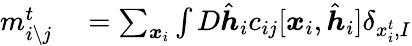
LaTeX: \begin{array}{rl}{m_{i\setminus j}^{t}}&{{}=\sum_{\boldsymbol{x}_{i}}\int D\hat{\boldsymbol{h}}_{i}c_{ij}[\boldsymbol{x}_{i},\hat{\boldsymbol{h}}_{i}]\delta_{x_{i}^{t},I}}\end{array}